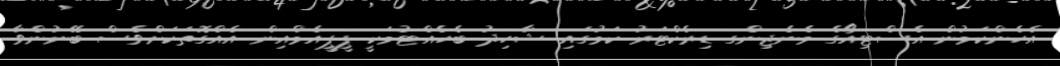
އެހެންކަމުން އެސްޓިއޯގެ މެނެޖިންގ ޑިރެކްޓަރު ކަމުގައި ޝާހިދު ބެހެއްޓުމަކީ ޕީޕީއެމްއިން އެއްގޮތަކަށްވެސް ބޭނުންވާ